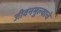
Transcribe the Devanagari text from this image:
जीवनमुल्याचे